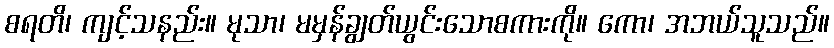
စရတိ၊ ကျင့်သနည်း။ မုသာ၊ မမှန်ချွတ်ယွင်းသောစကားကို။ ကော၊ အဘယ်သူသည်။